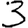
Digit: 3